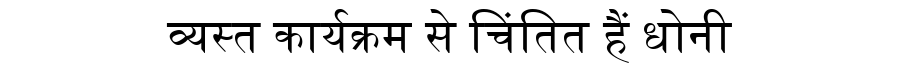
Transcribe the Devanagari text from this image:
व्यस्त कार्यक्रम से चिंतित हैं धोनी